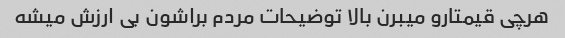
هرچی قیمتارو میبرن بالا توضیحات مردم براشون بی ارزش میشه